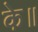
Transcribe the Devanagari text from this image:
के॥